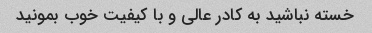
خسته نباشید به کادر عالی و با کیفیت خوب بمونید